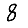
Digit: 8